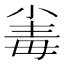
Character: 𣫶